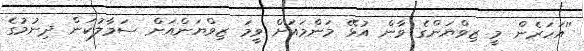
''އަހަރެން މީ ޒިވްޔަންގެ ވާން އުޅޭ މަންމައަށް ވީމަ ޒިވްޔަންއަށް ސަމާލުކަން ދިނުމުގެ